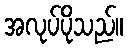
အလုပ်ပိုသည်။